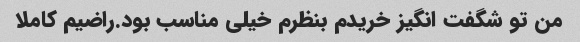
من تو شگفت انگیز خریدم بنظرم خیلی مناسب بود.راضیم کاملا